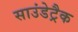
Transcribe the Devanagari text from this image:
साउंडेट्रैक